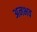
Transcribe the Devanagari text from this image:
अनभव